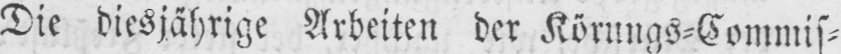
Die diesjährige Arbeiten der Körungs⸗Commis⸗